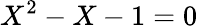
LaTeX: X^{2}-X-1=0